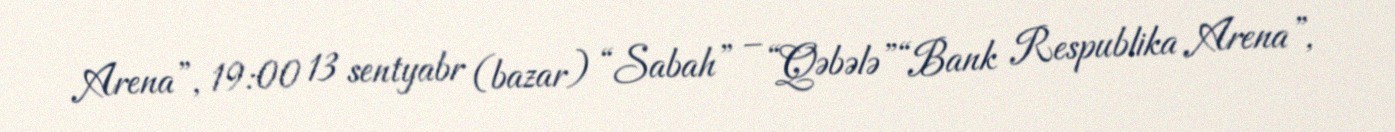
Arena”, 19:00 13 sentyabr (bazar) “Sabah” – “Qəbələ”“Bank Respublika Arena”,